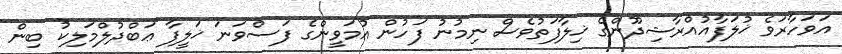
އަވަހާރަވެ ޚުލަފާއުއްރާޝިދޫންގެ ޚިލާފަތުވެސް ނިމުނު ފަހުން އުމަވީންގެ ފަސްވަނަ ޚަލީފާ ޢަބްދުލްމަލިކު ބިން